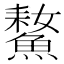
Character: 𩹚